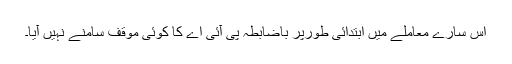
اس سارے معاملے میں ابتدائی طورپر باضابطہ پی آئی اے کا کوئی موقف سامنے نہیں آیا۔